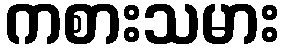
ကစားသမား